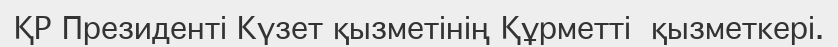
ҚР Президенті Күзет қызметінің Құрметті  қызметкері.